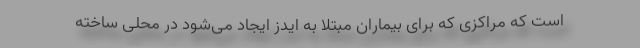
است که مراکزی که برای بیماران مبتلا به ایدز ایجاد می‌شود در محلی ساخته